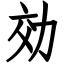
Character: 効